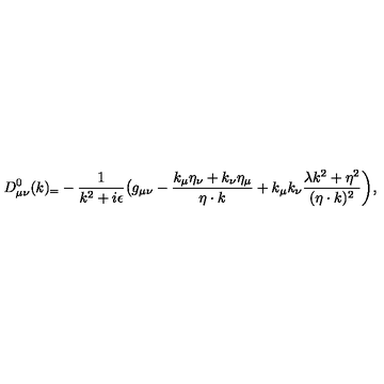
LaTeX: D _ { \mu \nu } ^ { 0 } ( k ) _ { = } - { \frac { 1 } { k ^ { 2 } + i \epsilon } } \bigl ( g _ { \mu \nu } - { \frac { k _ { \mu } \eta _ { \nu } + k _ { \nu } \eta _ { \mu } } { \eta \cdot k } } + k _ { \mu } k _ { \nu } { \frac { \lambda k ^ { 2 } + \eta ^ { 2 } } { ( \eta \cdot k ) ^ { 2 } } } \biggr ) ,